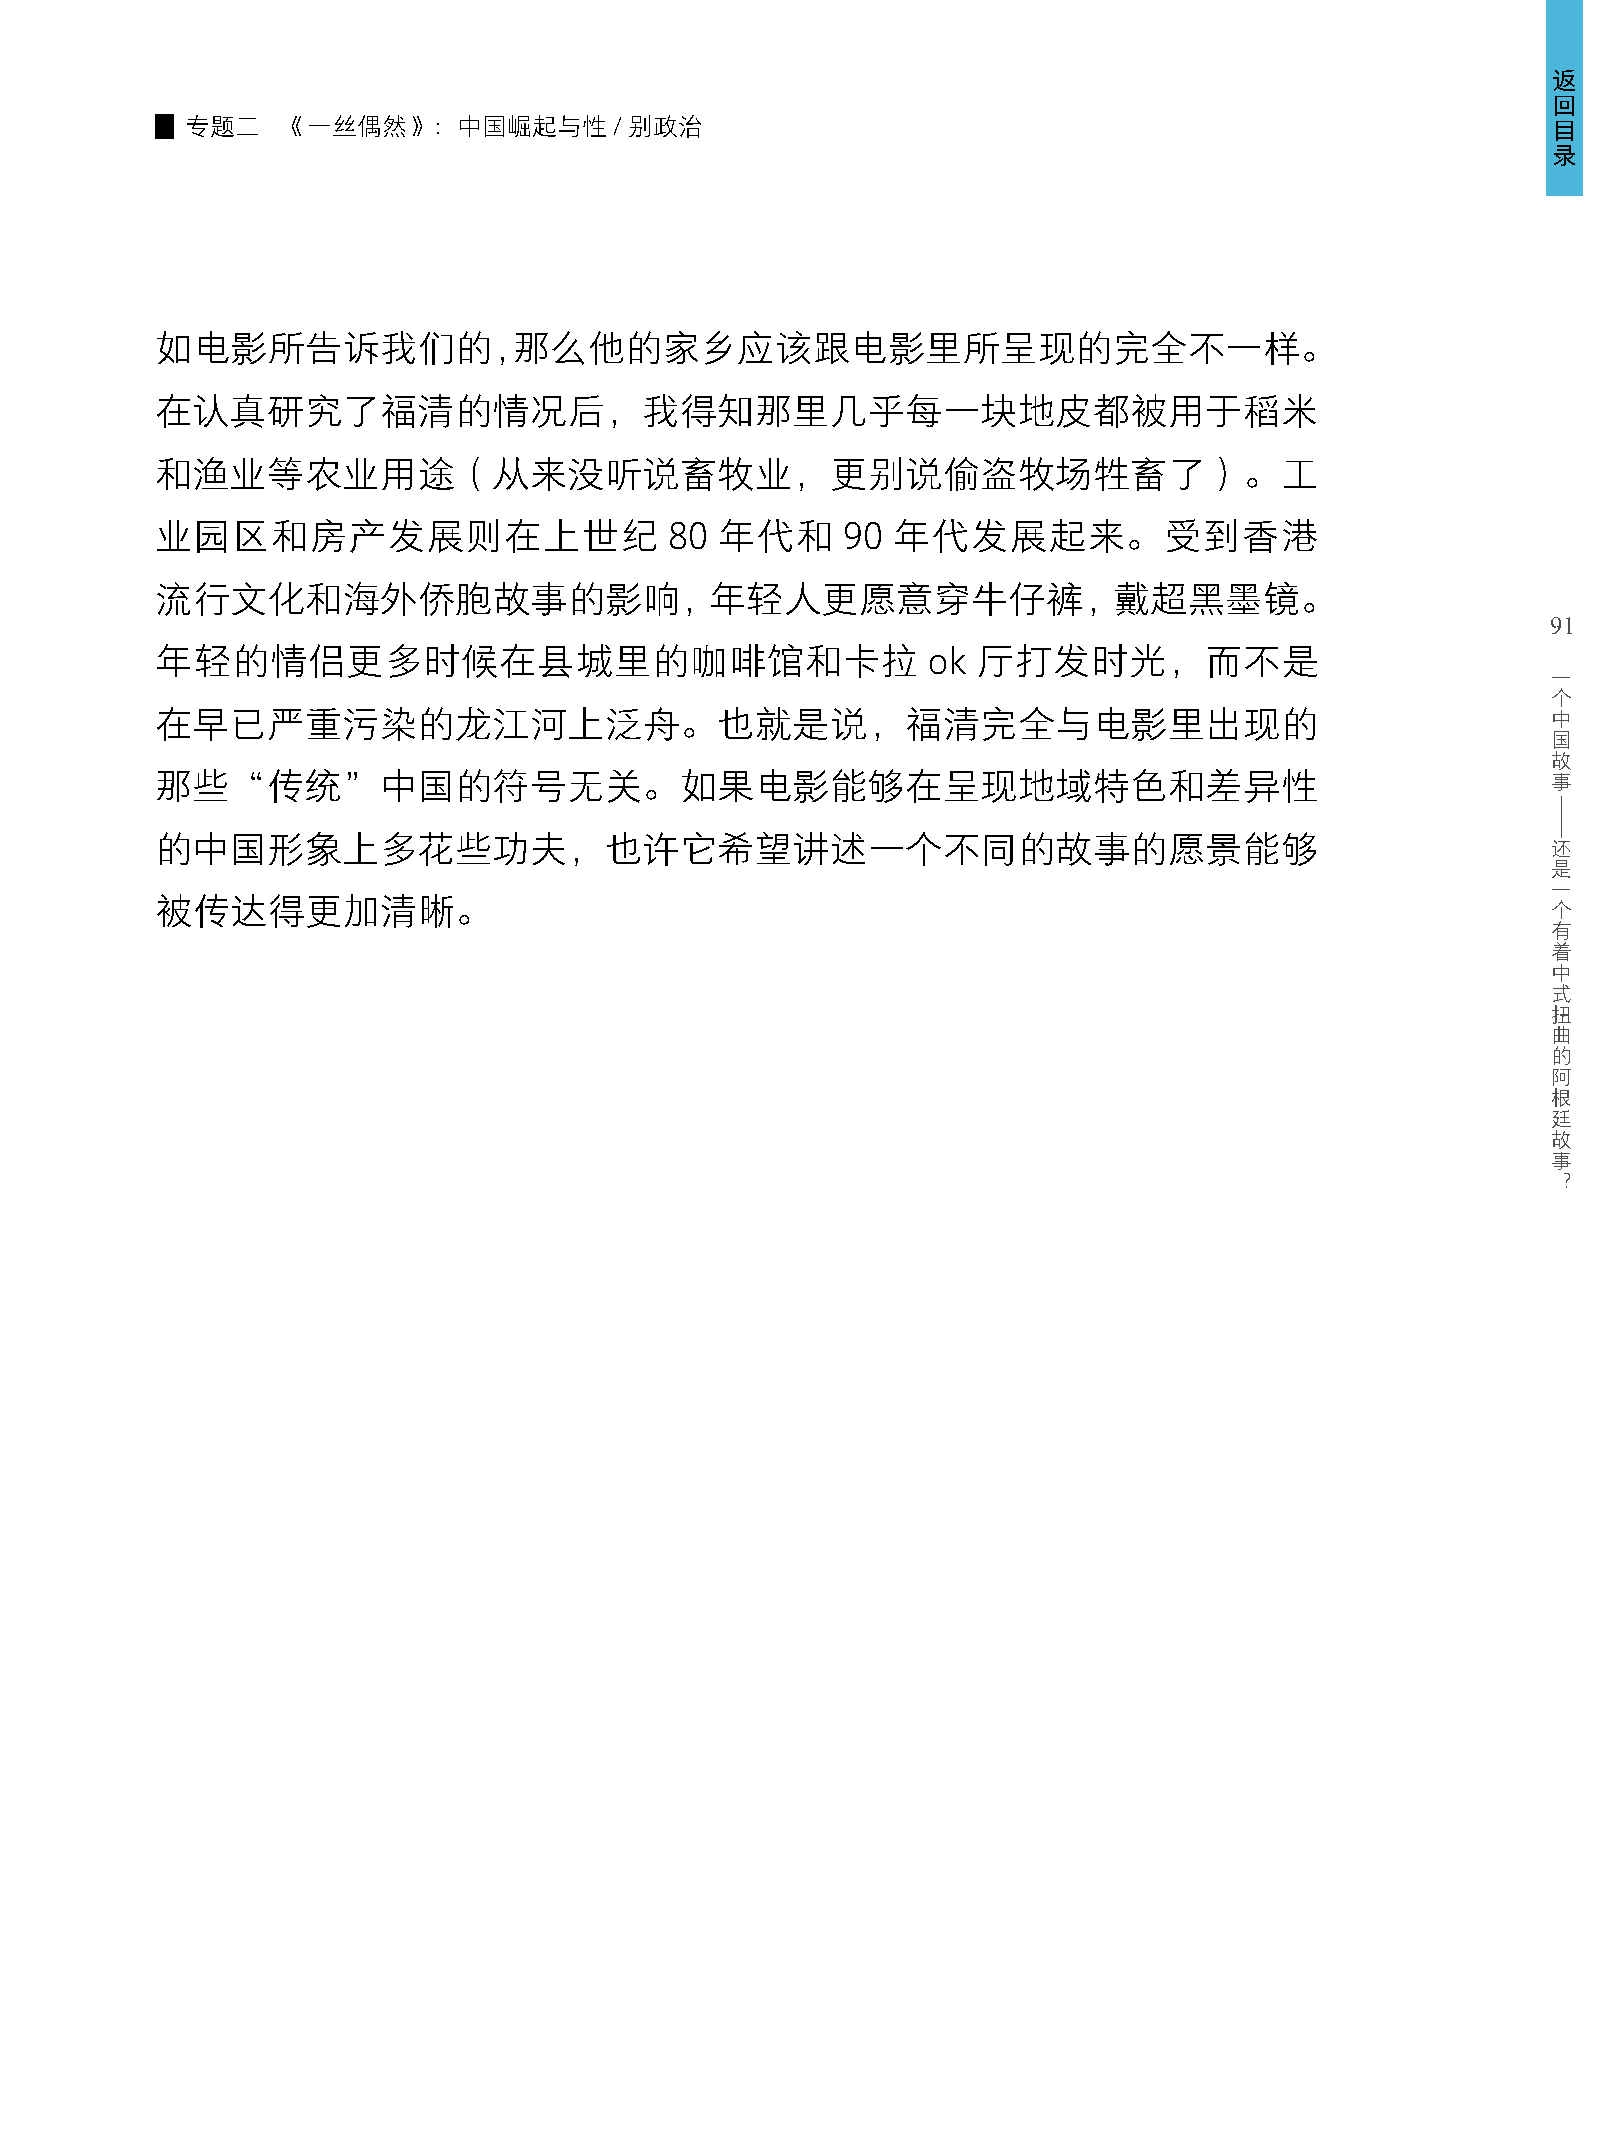
返
 回
 专题二    《一丝偶然》：中国崛起与性/别政治                                                                   目
 录
 如电影所告诉我们的，那么他的家乡应该跟电影里所呈现的完全不一样。
 在认真研究了福清的情况后，我得知那里几乎每一块地皮都被用于稻米
 和渔业等农业用途（从来没听说畜牧业，更别说偷盗牧场牲畜了）。工
 业园区和房产发展则在上世纪                     80  年代和     90 年代发展起来。受到香港
 流行文化和海外侨胞故事的影响，年轻人更愿意穿牛仔裤，戴超黑墨镜。
 91
 年轻的情侣更多时候在县城里的咖啡馆和卡拉                               ok  厅打发时光，而不是
 一
 个
 在早已严重污染的龙江河上泛舟。也就是说，福清完全与电影里出现的                                                              中
 国
 故
 那些“传统”中国的符号无关。如果电影能够在呈现地域特色和差异性                                                              事
 的中国形象上多花些功夫，也许它希望讲述一个不同的故事的愿景能够                                                              还
 是
 一
 被传达得更加清晰。                                                                                    个
 有
 着
 中
 式
 扭
 曲
 的
 阿
 根
 廷
 故
 事
 ？
 ——